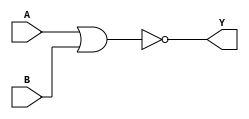
module NOR(input A, input B, output Y);
assign Y = ~(A | B);
endmodule